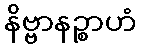
နိဗ္ဗာနဉ္စာဟံ